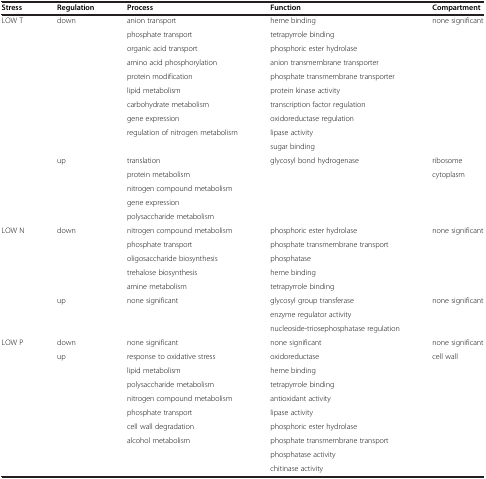
| Stress | Regulation | Process | Function | Compartment |
 | --- | --- | --- | --- | --- |
 | LOW T | down | anion transport | heme binding | none significant |
 |  |  | phosphate transport | tetrapyrrole binding |  |
 |  |  | organic acid transport | phosphoric ester hydrolase |  |
 |  |  | amino acid phosphorylation | anion transmembrane transporter |  |
 |  |  | protein modification | phosphate transmembrane transporter |  |
 |  |  | lipid metabolism | protein kinase activity |  |
 |  |  | carbohydrate metabolism | transcription factor regulation |  |
 |  |  | gene expression | oxidoreductase regulation |  |
 |  |  | regulation of nitrogen metabolism | lipase activity |  |
 |  |  |  | sugar binding |  |
 |  | up | translation | glycosyl bond hydrogenase | ribosome |
 |  |  | protein metabolism |  | cytoplasm |
 |  |  | nitrogen compound metabolism |  |  |
 |  |  | gene expression |  |  |
 |  |  | polysaccharide metabolism |  |  |
 | LOW N | down | nitrogen compound metabolism | phosphoric ester hydrolase | none significant |
 |  |  | phosphate transport | phosphate transmembrane transport |  |
 |  |  | oligosaccharide biosynthesis | phosphatase |  |
 |  |  | trehalose biosynthesis | heme binding |  |
 |  |  | amine metabolism | tetrapyrrole binding |  |
 |  | up | none significant | glycosyl group transferase | none significant |
 |  |  |  | enzyme regulator activity |  |
 |  |  |  | nucleoside-triosephosphatase regulation |  |
 | LOW P | down | none significant | none significant | none significant |
 |  | up | response to oxidative stress | oxidoreductase | cell wall |
 |  |  | lipid metabolism | heme binding |  |
 |  |  | polysaccharide metabolism | tetrapyrrole binding |  |
 |  |  | nitrogen compound metabolism | antioxidant activity |  |
 |  |  | phosphate transport | lipase activity |  |
 |  |  | cell wall degradation | phosphoric ester hydrolase |  |
 |  |  | alcohol metabolism | phosphate transmembrane transport |  |
 |  |  |  | phosphatase activity |  |
 |  |  |  | chitinase activity |  |